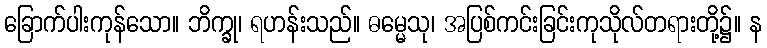
ခြောက်ပါးကုန်သော။ ဘိက္ခု၊ ရဟန်းသည်။ ဓမ္မေသု၊ အပြစ်ကင်းခြင်းကုသိုလ်တရားတို့၌။ န